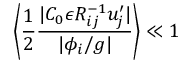
\left\langle { \frac { 1 } { 2 } \frac { | C _ { 0 } \epsilon R _ { i j } ^ { - 1 } u _ { j } ^ { \prime } | } { | \phi _ { i } / g | } } \right\rangle \ll 1